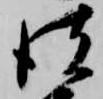
彼